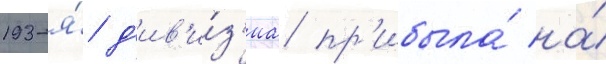
193-я́ д'ив'и́з'иа пр'ибыла́ на́